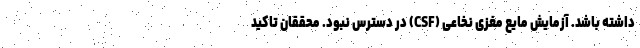
داشته باشد. آزمایش مایع مغزی نخاعی (CSF) در دسترس نبود. محققان تاکید